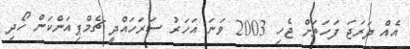
އެއް ދަރަޖަ ފަހަތަށް ޖެހި 2003 ވަނަ އަހަރު ސަރަހައްދީ ޗެމްޕިއަންކަން ހޯދި